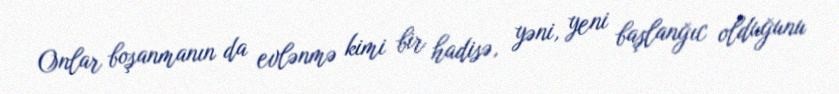
Onlar boşanmanın da evlənmə kimi bir hadisə, yəni, yeni başlanğıc olduğunu